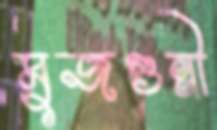
মুজগুন্নী